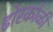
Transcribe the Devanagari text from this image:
ढोरकोळी